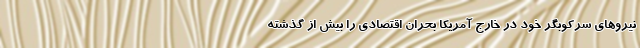
نیرو‌های سرکوبگر خود در خارج آمریکا بحران اقتصادی را بیش از گذشته